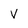
Character: V